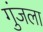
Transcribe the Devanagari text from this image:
गुंजला